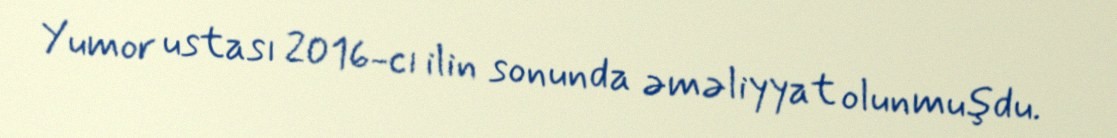
Yumor ustası 2016-cı ilin sonunda əməliyyat olunmuşdu.